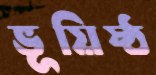
ভূয়িষ্ঠ